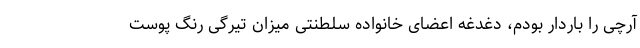
آرچی را باردار بودم، دغدغه اعضای خانواده سلطنتی میزان تیرگی رنگ پوست